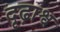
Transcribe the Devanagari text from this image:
दृढ़ाश्व